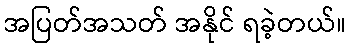
အပြတ်အသတ် အနိုင် ရခဲ့တယ်။